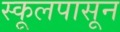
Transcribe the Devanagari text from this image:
स्कूलपासून